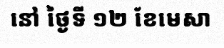
នៅ ថ្ងៃទី ១២ ខែមេសា